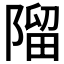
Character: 𨻧